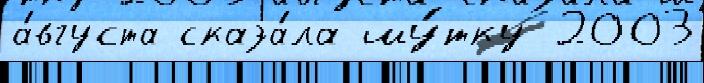
а́вгуста сказа́ла шу́тку 2003